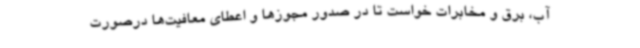
آب، برق و مخابرات خواست تا در صدور مجوزها و اعطای معافیت‌ها درصورت